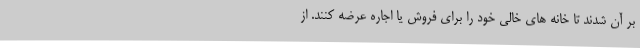
بر آن شدند تا خانه های خالی خود را برای فروش یا اجاره عرضه کنند. از